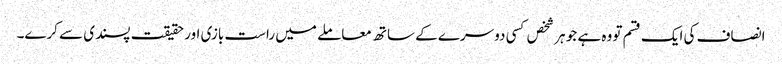
انصاف کی ایک قسم تو وہ ہے جو ہر شخص کسی دوسرے کے ساتھ معاملے میں راست بازی اور حقیقت پسندی سے کرے۔